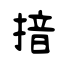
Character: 揞